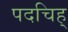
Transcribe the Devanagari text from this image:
पदचिह्